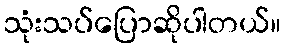
သုံးသပ်ပြောဆိုပါတယ်။